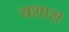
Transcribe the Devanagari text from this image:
यशास